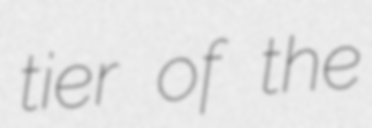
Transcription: tier of the